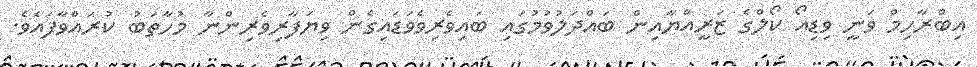
އިބްރާހިމް ވަނީ ވިޑިއޯ ކޯލްގެ ޒަރީއްޔާއިން ބައްދަލުވުމުގައި ބައިވެރިވެވަޑައިގެން ވިޔަފާރިވެރިންނާ މުހާތަބު ކުރައްވާފައެވެ.